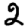
Digit: 2